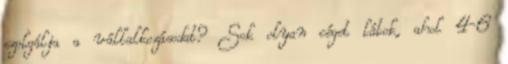
szolgálja a vállalkozásodat? Sok olyan céget látok, ahol 4-6